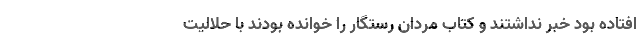
افتاده بود خبر نداشتند و کتاب مردان رستگار را خوانده بودند با حلالیت